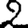
Digit: 2